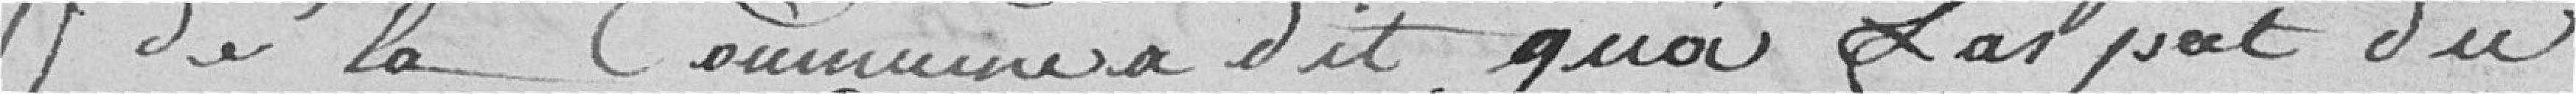
de la Commune a dit qu'à l'aspect du